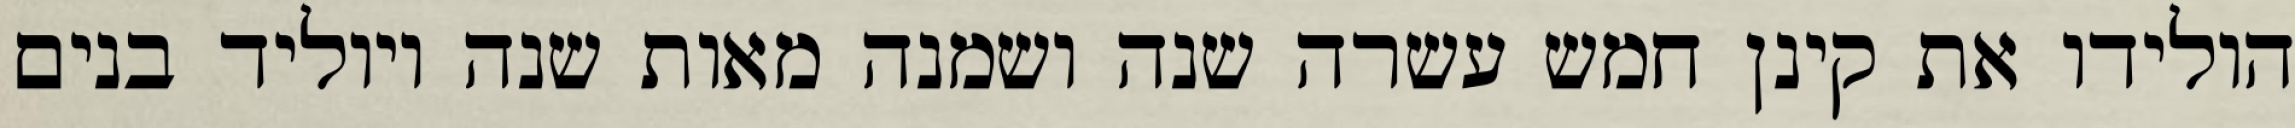
הולידו את קינן חמש עשרה שנה ושמנה מאות שנה ויוליד בנים